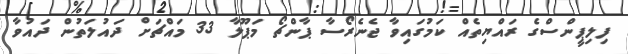
ފިލިޕީންސްގެ ރައްޔިތެއް ކަމުގައިވާ ޖެނެރޯސާ ޕާންޗޯ މަޕޫލާ 33 މައްޗަށް ދައުލަތުން ދައުވާ